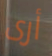
أرى